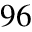
9 6